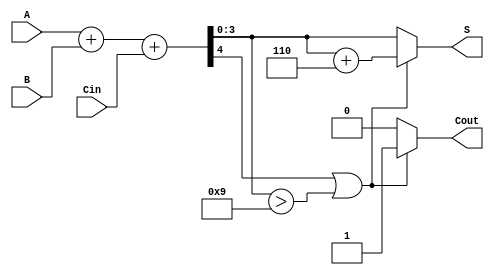
module BCD_Parallel_Adder (
    input  [3:0] A,      // First BCD digit
    input  [3:0] B,      // Second BCD digit
    input        Cin,     // Carry-in
    output reg [3:0] S,   // BCD sum output
    output reg Cout       // Carry-out
);

    wire [4:0] Sum;       // 5-bit sum to accommodate carry
    wire adjust;          // Adjustment flag

    // Step 1: Perform binary addition
    assign Sum = A + B + Cin;

    // Step 2: Check for BCD adjustment
    assign adjust = Sum[4] || (Sum[3:0] > 4'b1001);

    // Step 3: BCD Adjustment
    always @(*) begin
        if (adjust) begin
            S = Sum[3:0] + 4'b0110; // Add 6 to the sum
            Cout = 1;               // Set carry-out
        end else begin
            S = Sum[3:0];           // No adjustment needed
            Cout = 0;               // No carry-out
        end
    end

endmodule